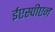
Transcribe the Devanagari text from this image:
ईएस्पीएन